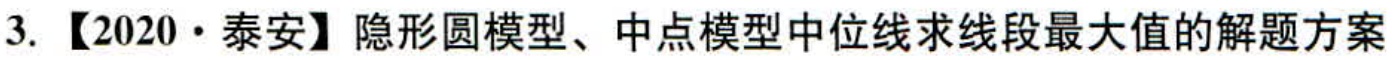
3. 【2020·泰安】隐形圆模型、中点模型中位线求线段最大值的解题方案